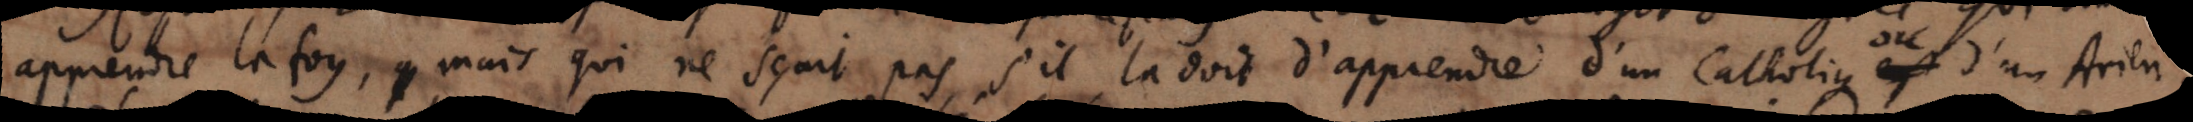
apprendre la foy, mais qui ne sçait pas s’il la doit d’apprendre d’un Catholique ou d’un Arrien